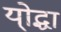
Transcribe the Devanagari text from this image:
यो्द्धा